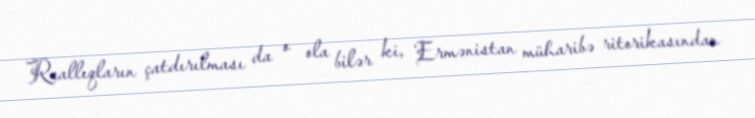
Reallıqların çatdırılması da o ola bilər ki, Ermənistan müharibə ritorikasından